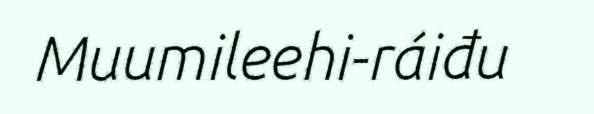
Muumileehi-ráiđu